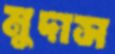
মুদাস